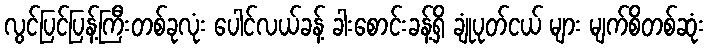
လွင်ပြင်ပြန့်ကြီးတစ်ခုလုံး ပေါင်လယ်ခန့် ခါးစောင်းခန့်ရှိ ချုံပုတ်ငယ် များ မျက်စိတစ်ဆုံး